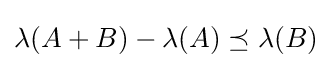
\lambda (A+B)-\lambda (A)\preceq \lambda (B)